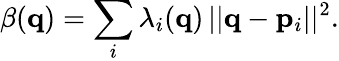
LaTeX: \beta({\mathbf q})=\sum_{i}\lambda_{i}({\mathbf q})\, ||{\mathbf q}-{\mathbf p}_{i}||^{2}.